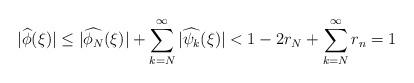
LaTeX: \begin{align*} |\widehat{\phi}(\xi)| &\leq |\widehat{\phi_{N}}(\xi)| + \sum_{k=N}^\infty |\widehat{\psi_k}(\xi)| < 1-2r_N+\sum_{k=N}^\infty r_n=1\end{align*}